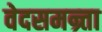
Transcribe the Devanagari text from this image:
वेदसमन्र्ता